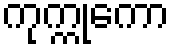
ကုက္ကုကော